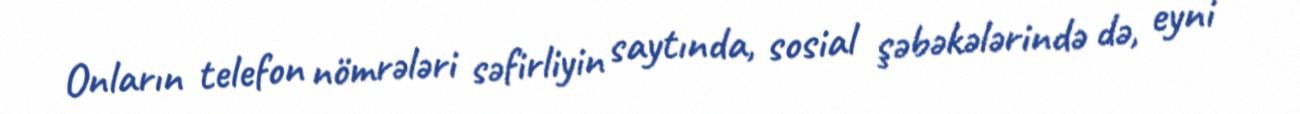
Onların telefon nömrələri səfirliyin saytında, sosial şəbəkələrində də, eyni